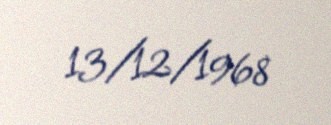
13/12/1968